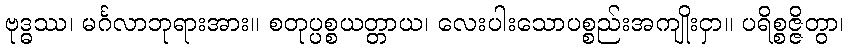
ဗုဒ္ဓဿ၊ မင်္ဂလာဘုရားအား။ စတုပ္ပစ္စယတ္တာယ၊ လေးပါးသောပစ္စည်းအကျိုးငှာ။ ပရိစ္စဇ္ဇိတွာ၊